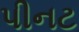
પીનટ